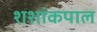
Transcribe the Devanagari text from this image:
शशांकपाल